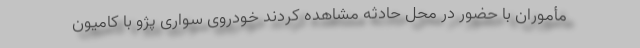
مأموران با حضور در محل حادثه مشاهده کردند خودروی سواری پژو با کامیون